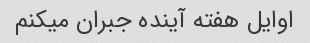
اوایل هفته آینده جبران میکنم